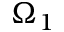
\Omega _ { 1 }